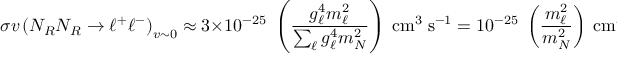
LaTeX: \sigma v \left( N _ { R } N _ { R } \to \ell ^ { + } \ell ^ { - } \right) _ { v \sim 0 } \approx 3 \times 1 0 ^ { - 2 5 } \; \left( \frac { g _ { \ell } ^ { 4 } m _ { \ell } ^ { 2 } } { \sum _ { \ell } g _ { \ell } ^ { 4 } m _ { N } ^ { 2 } } \right) \ \mathrm { c m } ^ { 3 } \; \mathrm { s } ^ { - 1 } = 1 0 ^ { - 2 5 } \; \left( \frac { m _ { \ell } ^ { 2 } } { m _ { N } ^ { 2 } } \right) \ \mathrm { c m } ^ { 3 } \; \mathrm { s } ^ { - 1 } \; ( \mathrm { f l a v o r \ u n i v e r s a l } ) .